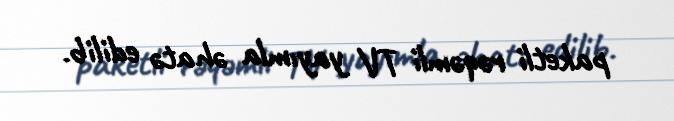
paketli rəqəmli TV yayımla əhatə edilib.